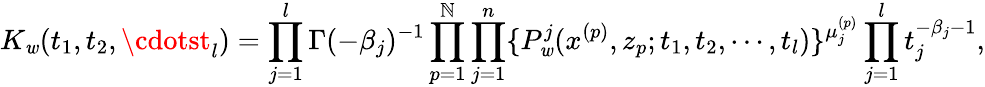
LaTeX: K_{\mathit{w}}(t_{1},t_{2},\cdotst_{l})=\prod_{j=1}^{l}\Gamma(-\beta_{j})^{-1}\prod_{p=1}^{\mathbb{N}}\prod_{j=1}^{n}\{ P_{\mathit{w}}^{j}(x^{(p)},z_{p};t_{1},t_{2},\cdots,t_{l})\} ^{\mu_{j}^{(p)}}\prod_{j=1}^{l}t_{j}^{-\beta_{j}-1},